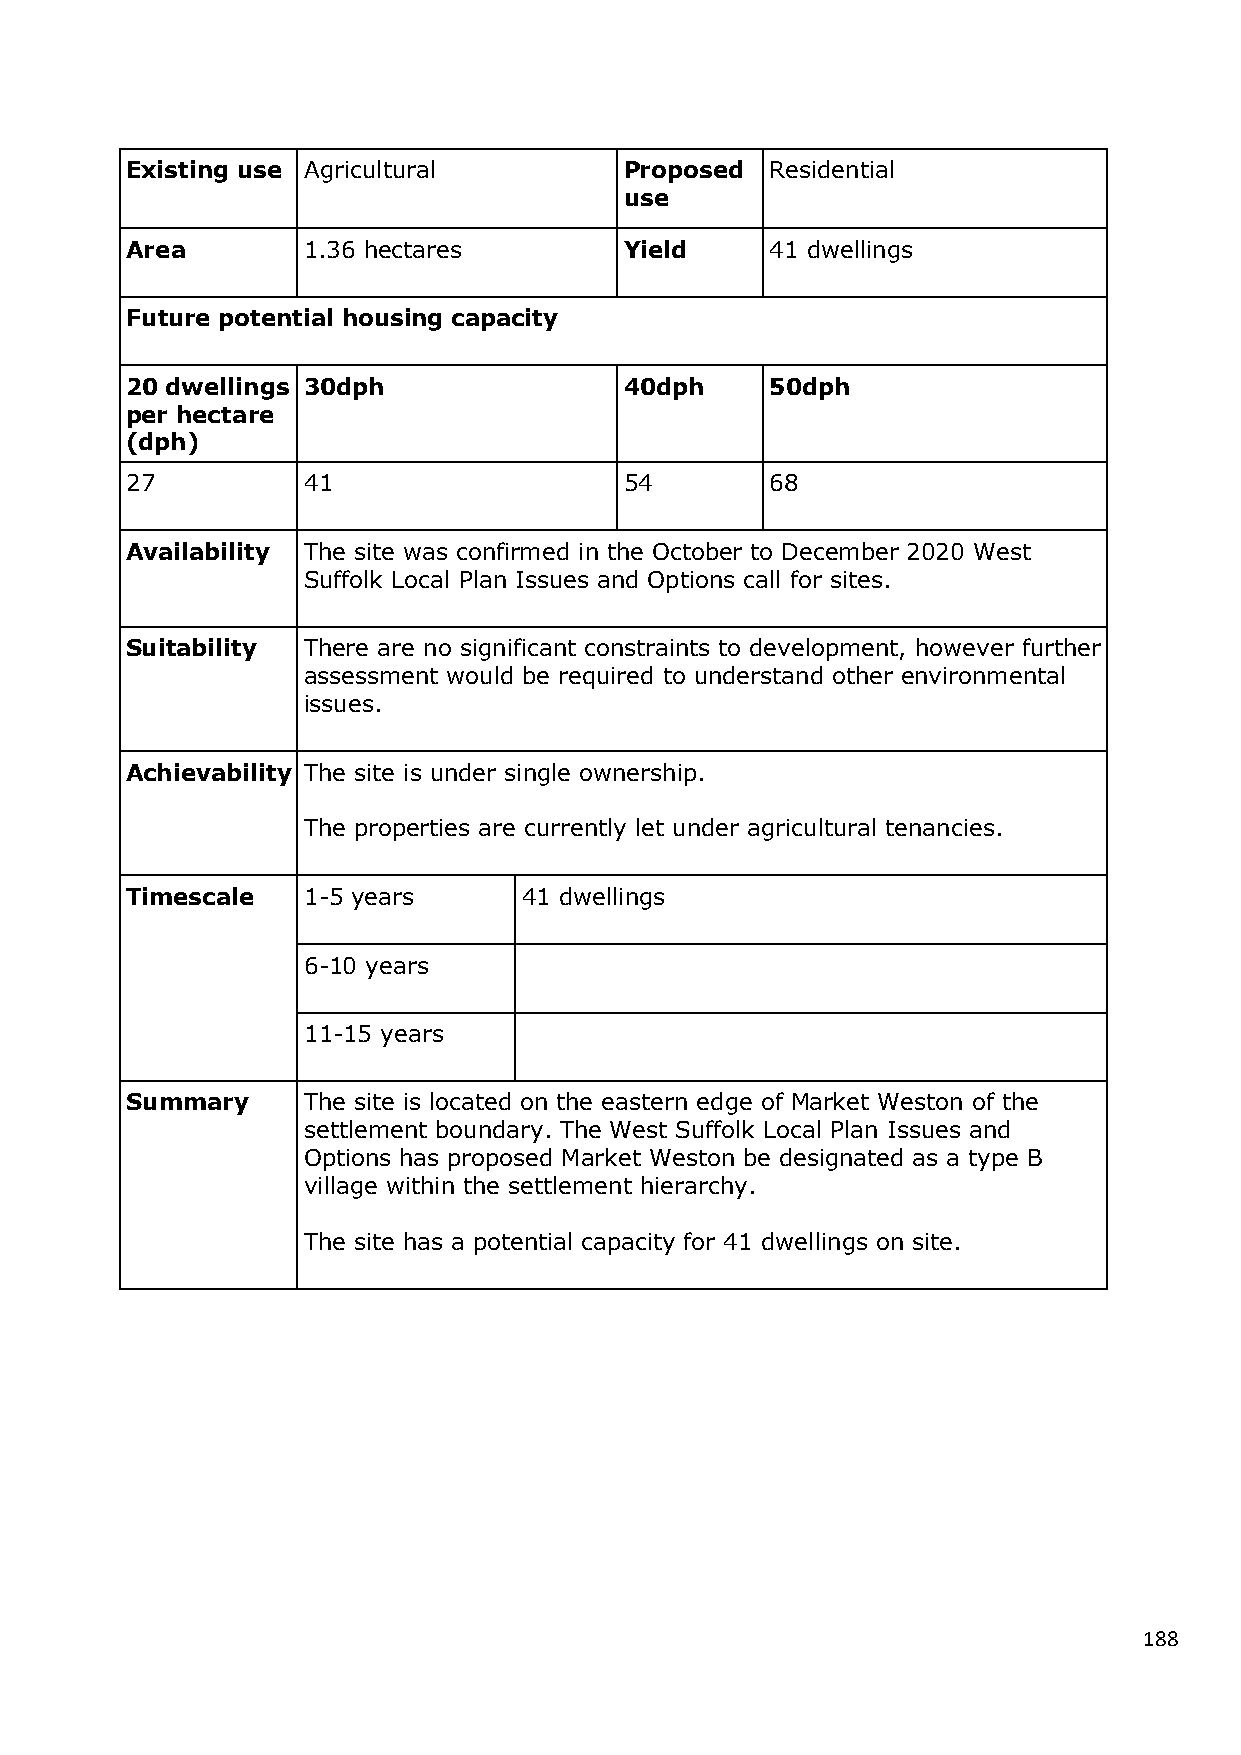
Existing use Agricultural        Proposed  Residential
 use
 Area        1.36 hectares        Yield     41 dwellings
 Future potential housing capacity
 20 dwellings 30dph               40dph     50dph
 per hectare
 (dph)
 27          41                   54        68
 Availability The site was confirmed in the October to December 2020 West
 Suffolk Local Plan Issues and Options call for sites.
 Suitability There are no significant constraints to development, however further
 assessment would be required to understand other environmental
 issues.
 Achievability The site is under single ownership.
 The properties are currently let under agricultural tenancies.
 Timescale   1-5 years      41 dwellings
 6-10 years
 11-15 years
 Summary     The site is located on the eastern edge of Market Weston of the
 settlement boundary. The West Suffolk Local Plan Issues and
 Options has proposed Market Weston be designated as a type B
 village within the settlement hierarchy.
 The site has a potential capacity for 41 dwellings on site.
 188